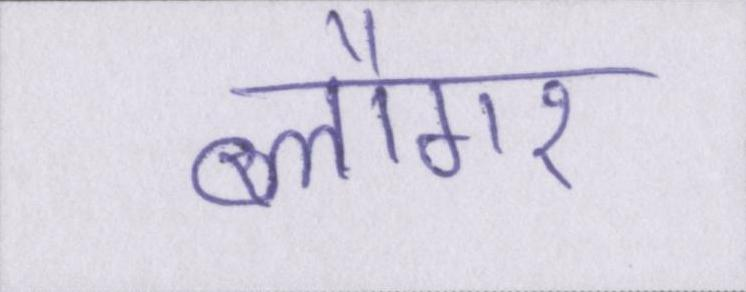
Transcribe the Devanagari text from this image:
ब्लौगर